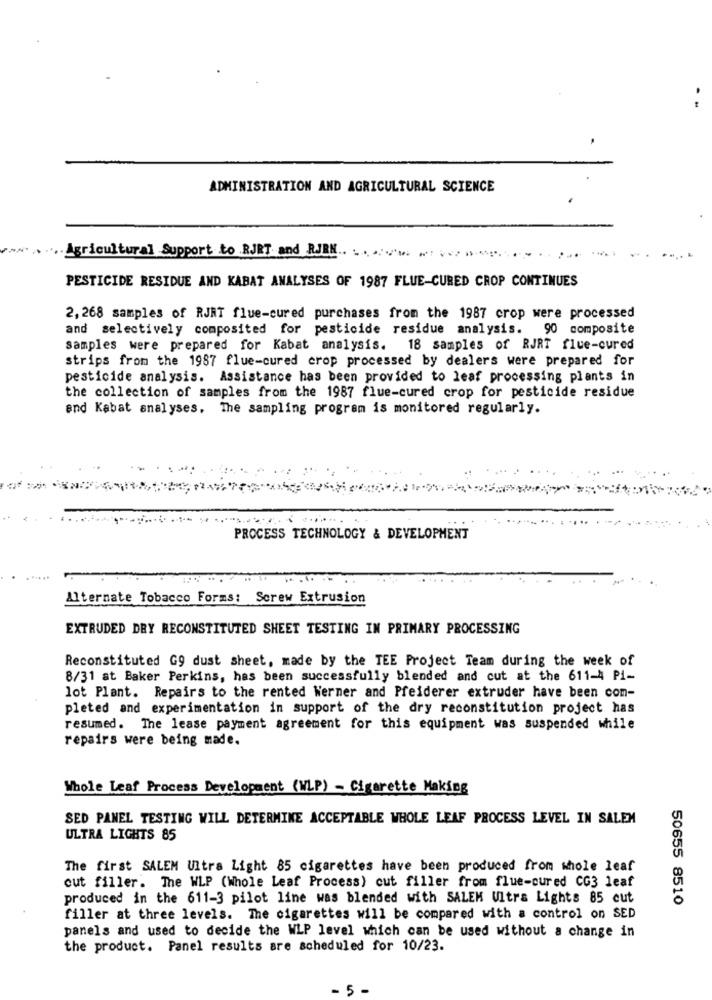
ADMINISTRATION AND AGRICULTURAL SCIENCE
Agricultural Support to RJRT and RJEH.
PESTICIDE RESIDUE AND KABAT ANALYSES OF 1987 FLUE-CURED CROP CONTINUES
2, 268 samples of RJRT flue-cured purchases from the 1987 crop were processed
and selectively composited for pesticide residue analysis.
90 composite
samples were prepared for Kabat analysis. 18 samples of RJRT flue-cured
strips from the 1987 flue-cured crop processed by dealers were prepared for
pesticide analysis. Assistance has been provided to leaf processing plants in
the collection of samples from the 1987 flue-cured crop for pesticide residue
and Kabat analyses. The sampling program is monitored regularly.
PROCESS TECHNOLOGY & DEVELOPMENT
Alternate Tobacco Forms: Screw Extrusion
EXTRUDED DRY RECONSTITUTED SHEET TESTING IN PRIMARY PROCESSING
Reconstituted G9 dust sheet, made by the TEE Project Team during the week of
8/31 at Baker Perkins, has been successfully blended and cut at the 611-4 Pi-
lot Plant. Repairs to the rented Werner and Pfeiderer extruder have been com-
pleted and experimentation in support of the dry reconstitution project has
resumed. The lease payment agreement for this equipment was suspended while
repairs were being made.
Whole Leaf Process Development (WLP) - Cigarette Making
SED PANEL TESTING WILL DETERMINE ACCEPTABLE WHOLE LEAF PROCESS LEVEL IN SALEM
ULTRA LIGHTS 85
The first SALEM Ultra Light 85 cigarettes have been produced from whole leaf
cut filler. The WLP (Whole Leaf Process) cut filler from flue-cured CG3 leaf
produced in the 611-3 pilot line was blended with SALEM Ultra Lights 85 cut
50655 8510
filler at three levels. The cigarettes will be compared with a control on SED
panels and used to decide the WLP level which can be used without a change in
the product. Panel results are scheduled for 10/23.
-